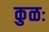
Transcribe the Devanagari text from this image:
कुळः